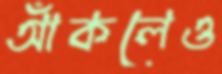
আঁকলেও